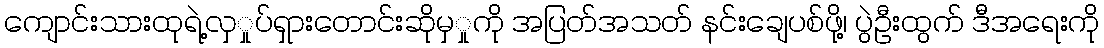
ကျောင်းသားထုရဲ့လှှုပ်ရှားတောင်းဆိုမှှုကို အပြတ်အသတ် နင်းချေပစ်ဖို့၊ ပွဲဦးထွက် ဒီအရေးကို